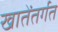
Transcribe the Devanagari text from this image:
खातेंतर्गत